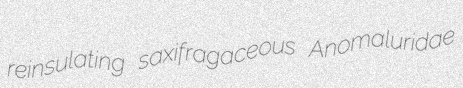
reinsulating saxifragaceous Anomaluridae